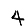
Digit: 4